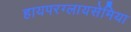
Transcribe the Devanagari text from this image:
हायपरग्लायसेमिया